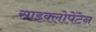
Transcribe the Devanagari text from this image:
साइक्लोपेंटेन